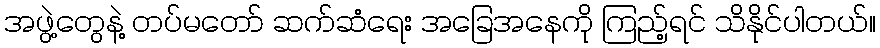
အဖွဲ့တွေနဲ့ တပ်မတော် ဆက်ဆံရေး အခြေအနေကို ကြည့်ရင် သိနိုင်ပါတယ်။